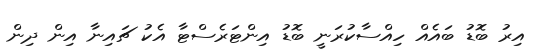
އިރު ބޮޑު ބައެއް ހިއްސާކުރަނީ ބޮޑު އިންޓަރެސްޓާ އެކު ޗައިނާ އިން ދިން